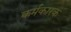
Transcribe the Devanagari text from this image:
कर्मकारक